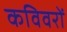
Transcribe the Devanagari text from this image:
कविवरों